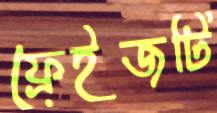
ফ্রেইজটি